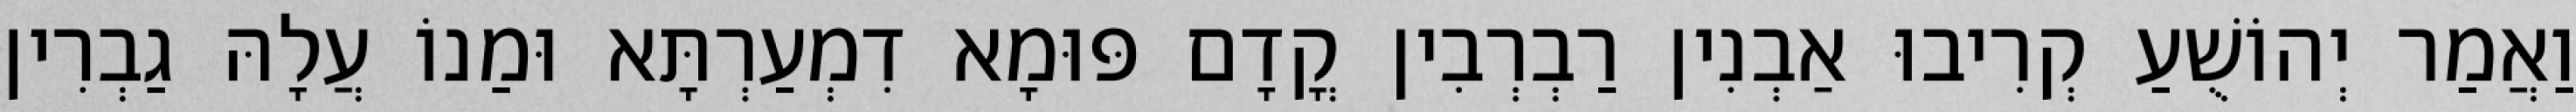
וַאֲמַר יְהוֹשֻׁעַ קְרִיבוּ אַבְנִין רַבְרְבִין קֳדָם פּוּמָא דִמְעַרְתָּא וּמַנוֹ עֲלָהּ גַבְרִין